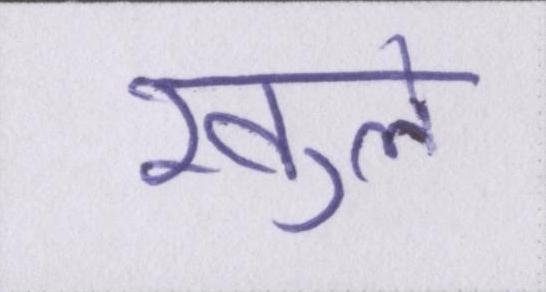
खुले